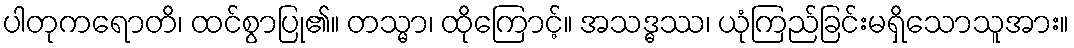
ပါတုကရောတိ၊ ထင်စွာပြု၏။ တသ္မာ၊ ထိုကြောင့်။ အသဒ္ဓဿ၊ ယုံကြည်ခြင်းမရှိသောသူအား။